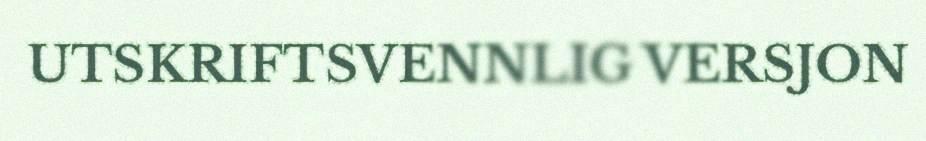
UTSKRIFTSVENNLIG VERSJON